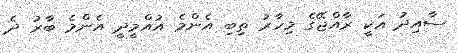
ސާއިދު އަކީ ރާއްޖޭގެ މިހާރު ތިބި އެންމެ އުއްމީދީ އެންމެ ބާރު ދެ